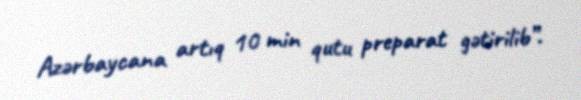
Azərbaycana artıq 10 min qutu preparat gətirilib”.